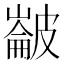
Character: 𭽵